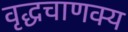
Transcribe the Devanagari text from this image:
वृद्धचाणक्य